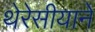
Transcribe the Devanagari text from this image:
थेरेसीयाने